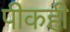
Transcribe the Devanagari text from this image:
पीकही